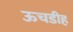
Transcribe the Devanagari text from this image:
ऊचडीह